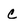
Character: c